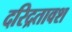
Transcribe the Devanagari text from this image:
दरिद्रतावश